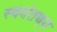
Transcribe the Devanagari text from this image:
स्वयंतथ्‌य